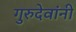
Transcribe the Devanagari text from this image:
गुरुदेवांनी